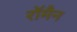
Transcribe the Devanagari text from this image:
रॉमैन